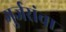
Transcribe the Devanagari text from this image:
गुर्जरांचा